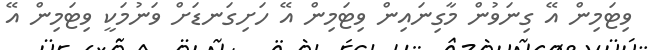
ވިޓަމިން އޭ ގިނަވުން މާގިނައިން ވިޓަމިން އޭ ހަށިގަނޑަށް ވަނުމަކީ ވިޓަމިން އޭ